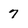
Character: 7